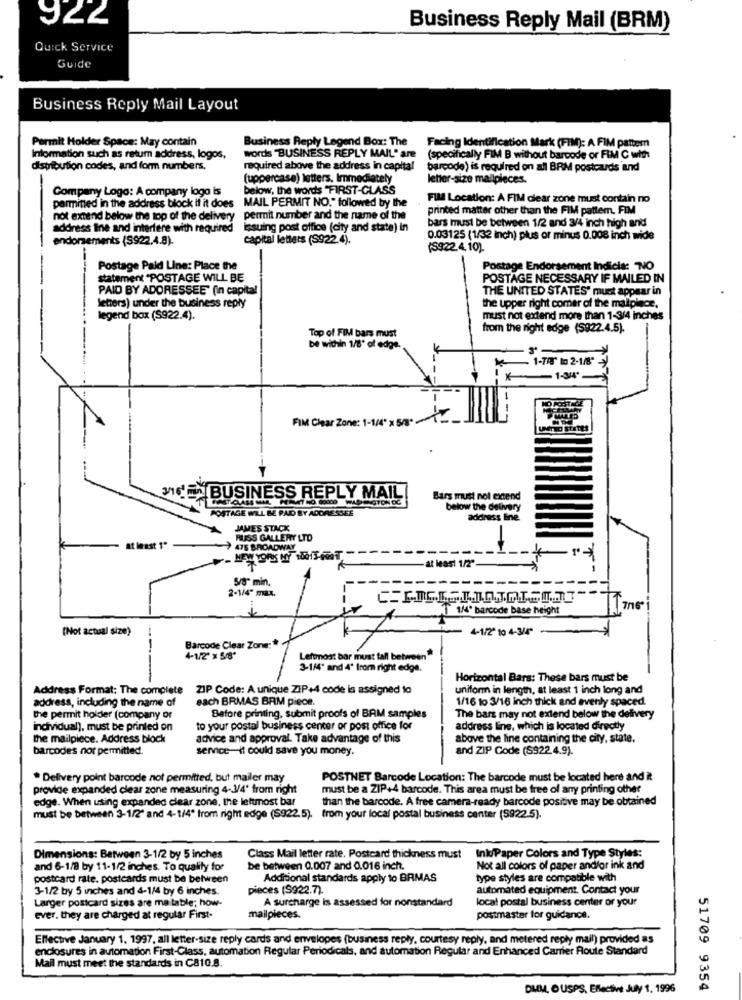
922
Business Reply Mail (BRM)
Quick Service
Guide
Business Reply Mail Layout
Permit Holder Space: May contain
Business Reply Legend Box: The
Facing Identification Mark (FIM): A FIM pattem
Information such as retum address, logos,
words "BUSINESS REPLY MAIL" are
(specifically FIM B without barcode or FIM C with:
distribution codes, and form numbers.
required above the address in capital
barcode) is required on all BRM postcards and
(uppercase) letters. Immediately
letter-size mailpieces.
Company Logo: A company logo is
below, the words "FIRST-GLASS
FIM Location: A FIM clear zone must contain no
parmined in the address block if it does
MAIL PERMIT NO." followed by the
printed matter other than the FIM pattern. FIM
not extend below the top of the delivery permit number and the name of the
address line and interfere with required
issuing post office (city and state) in
bars must be between 1/2 and 3/4 inch high and
endorsements (S922.4.8).
capital letters (8922.4).
0.03125 (1/32 inch) plus or minus 0.008 inch wide
(S922.4.10).
Postage Paid Line: Place the
Postage Endorsement Indicia: NO
statement "POSTAGE WILL BE
POSTAGE NECESSARY IF MAILED IN
PAID BY ADORESSEE' (in capital
THE UNITED STATES' must appear in
letters) under the business reply
the upper right comer of the maipiece,
legend box (S922.4).
must not extend more than 1-3/4 inches
from the right edge (5922.4.5).
Top of FIM bars must
be within 1/8' ol edge
- 1-745 to 2-1/8".
1-344'
HO POSTIGE
FIM Clear Zone: 1-1/4" x 5/8.
UNITED STATES
VICEN BUSINESS REPLY MAIL
Bars must not extend
POSTAGE WILL & PAID BY ADDRESSEE
below the delivery
address Eine
JAMES STACK
RUSS GALLERY LTD
at least 1"
475 BROADWAY
at least 1/2"
5/8" min.
2-1/4" max.
1/4º barcode base height
(Not actual size)
4-1/2" to 4-3/4"
Barcode Clear Zone-
---
4-1/2" > 5/8"
Leftmost bar must fall between"
3-1/4" and 4' from right edge.
Horizontal Bars: These bars must be
Address Format: The complete ZIP Code: A unique ZIP+4 code is assigned to
uniform in length, at least 1 inch long and
address, including the name of
each BRMAS BRM piece.
1/16 to 3/16 inch thick and evenly spaced.
the permit holder (company or
Before printing, submit proofs of BAM samples
The bars may not extend below the delivery
individual), must be printed on
to your postal business center or post office for
address line, which is located directly
the mailpiece. Address block
advice and approval. Take advantage of this
above the line containing the city, state.
barcodes not permitted.
service-it could save you money.
and ZIP Code (S922.4.9).
* Delivery point barcode not permitted, but mailer may
POSTNET Barcode Location: The barcode must be located here and it
provide expanded clear zone measuring 4-3/4" from right
must be a ZIP+4 barcode. This area must be free of any printing other
edge. When using expanded clear zone, the leftmost bar
than the barcode. A free camera-ready barcode positive may be obtained
must be between 3-1/2" and 4-1/4º from right edge (S922.5). from your local postal business center (5922.5).
Dimensions: Between 3-1/2 by 5 inches
Class Mail letter rate. Postcard thickness must Ink/Paper Colors and Type Styles:
and 6-1/8 by 11-1/2 inches. To quality for
be between 0.007 and 0.016 inch.
Not all colors of paper and/or ink and
postcard rate. postcards must be between
Additional standards apply to BRMAS
type styles are compatible with
3-1/2 by 5 inches and 4-1/4 by 6 inches.
pieces ($922.7)
automated equipment. Contact your
Larger postcard sizes are ma table; how-
A surcharge is assessed for nonstandard
local postal business center or your
ever. they are charged at regular First-
mailpieces.
postmaster for guidance.
Effective January 1. 1997, all letter-size reply cards and envelopes (business reply, courtesy reply, and metered reply mail) provided as
enclosures in automation First-Class, automation Regular Periodicals, and automation Regular and Enhanced Camer Route Standard
Mail must meet the standards in C810.8.
DUM, OUSPS, Effective July 1, 1996
51709 9354